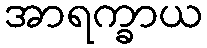
အာရက္ခာယ